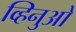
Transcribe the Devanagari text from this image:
व्हिनुओ